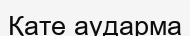
Қате аударма